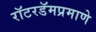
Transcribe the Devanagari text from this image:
रॉटरडॅमप्रमाणे